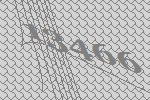
13466